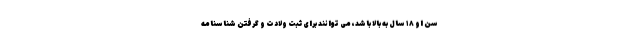
سن او ۱۸ سال به بالا باشد، می توانند برای ثبت ولادت و گرفتن شناسنامه